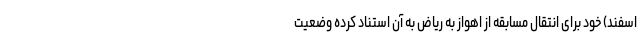
اسفند) خود برای انتقال مسابقه از اهواز به ریاض به آن استناد کرده وضعیت